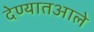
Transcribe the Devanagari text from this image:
देण्यातआले